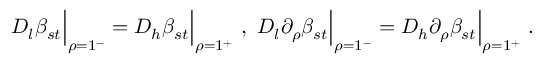
D _ { l } \beta _ { s t } \Big | _ { \rho = 1 ^ { - } } = D _ { h } \beta _ { s t } \Big | _ { \rho = 1 ^ { + } } \ , \ D _ { l } \partial _ { \rho } \beta _ { s t } \Big | _ { \rho = 1 ^ { - } } = D _ { h } \partial _ { \rho } \beta _ { s t } \Big | _ { \rho = 1 ^ { + } } \ .